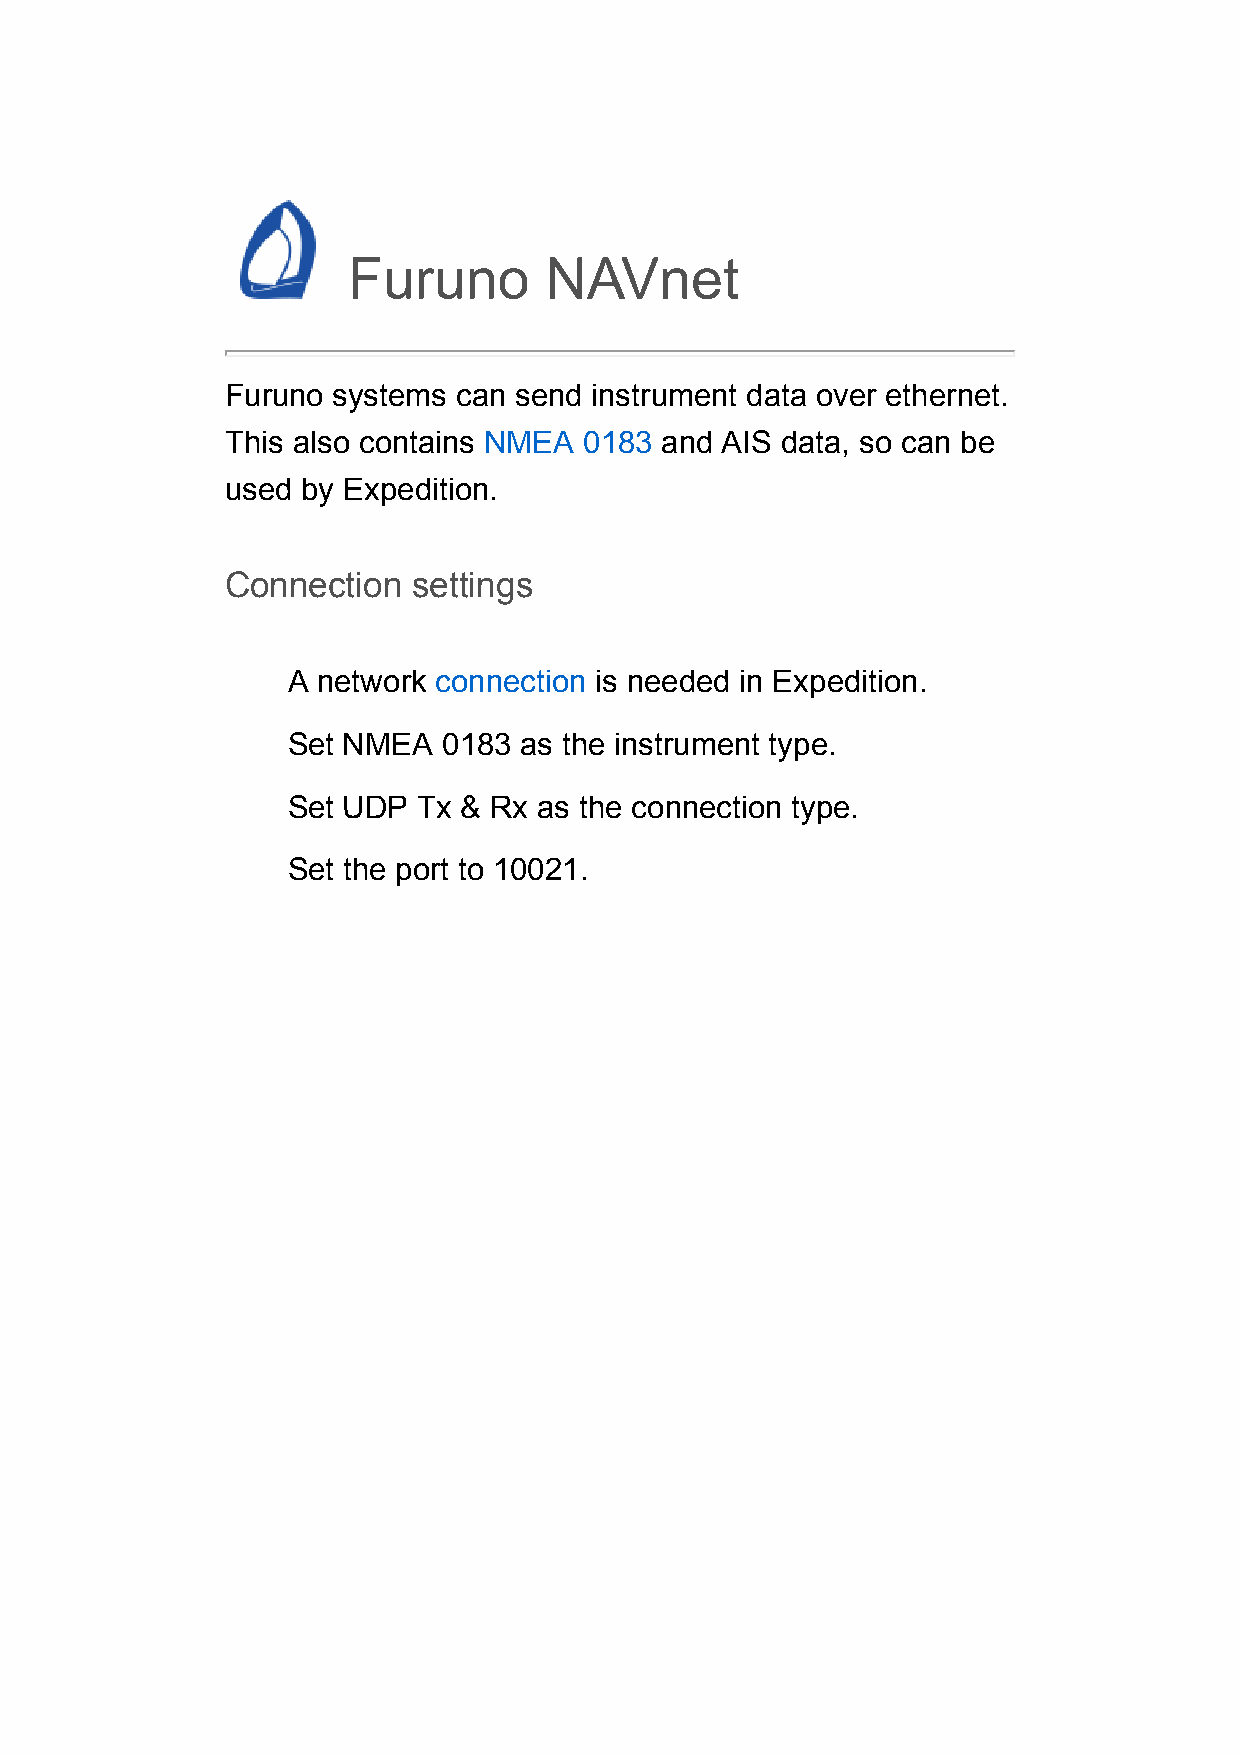
Furuno       NAVnet
 Furuno systems can send instrument data over ethernet.
 This also contains NMEA 0183 and AIS data, so can be
 used by Expedition.
 Connection  settings
 A network connection is needed in Expedition.
 Set NMEA  0183 as the instrument type.
 Set UDP  Tx & Rx as the connection type.
 Set the port to 10021.